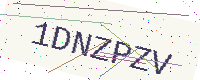
Text: 1DNZPZV